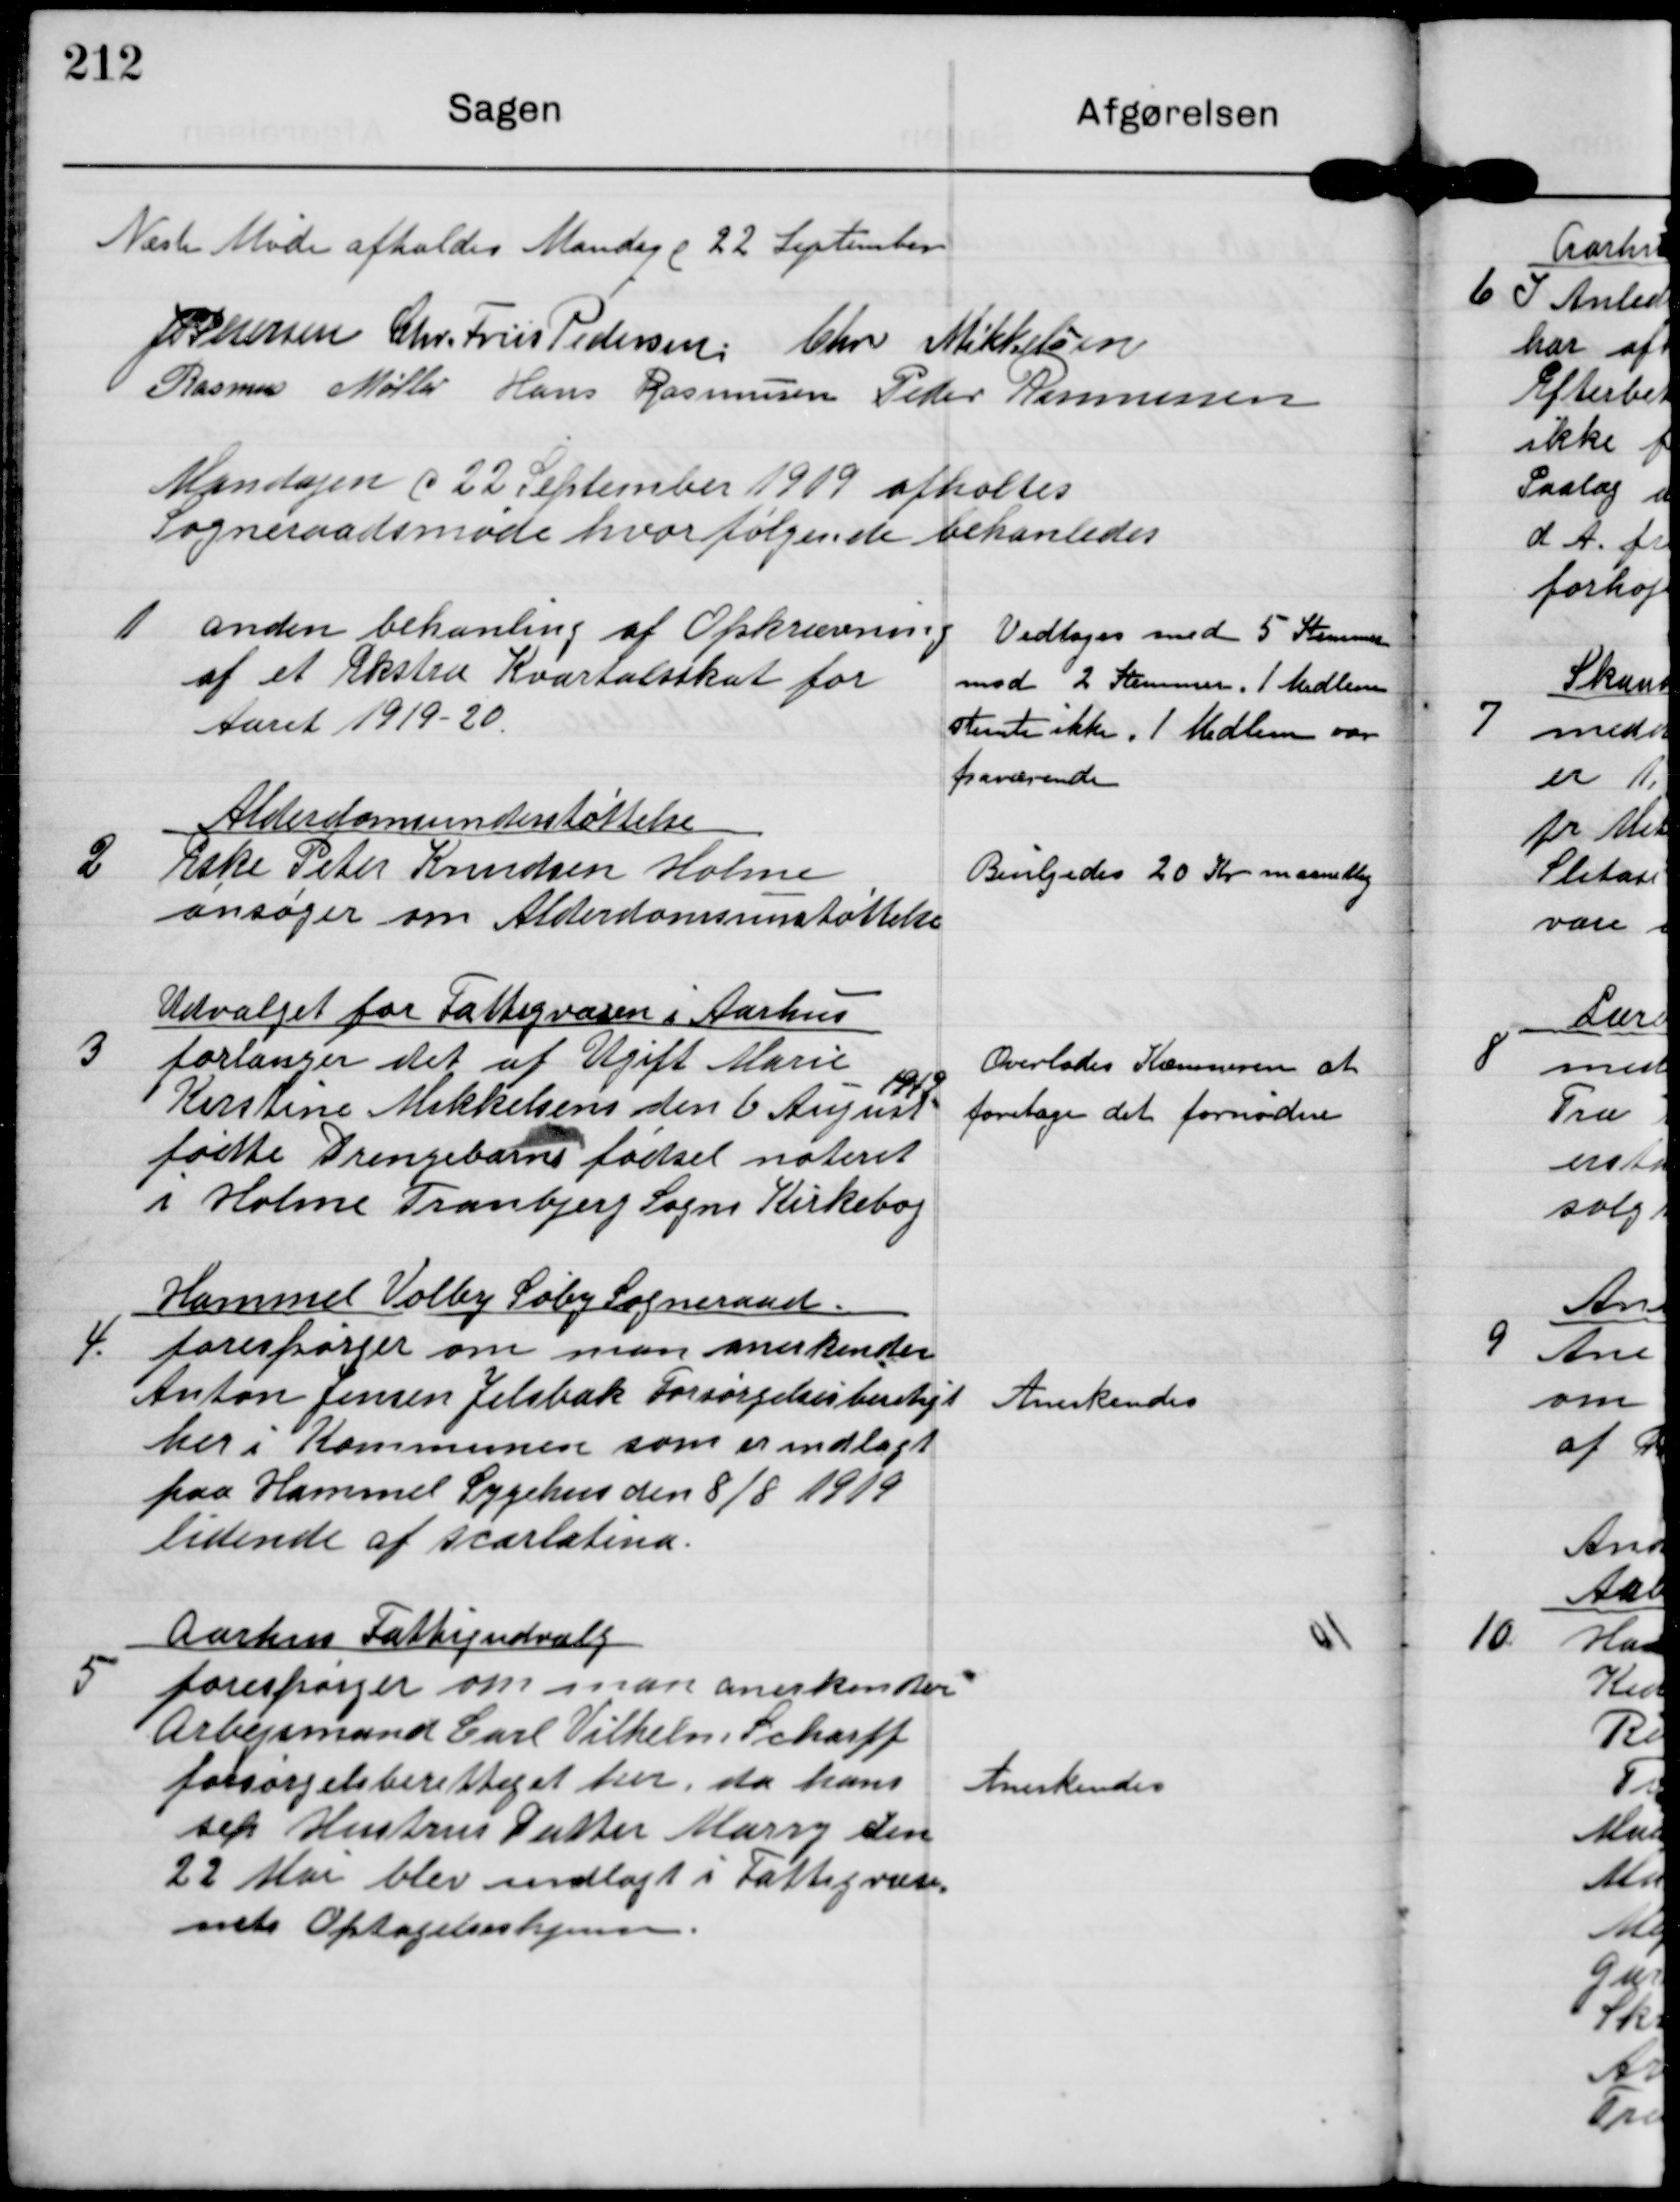
Transskription:
Næste Møde afholdes Mandag d 22 September

J P Pedersen

Chr. Friis Pedersen

Chr Mikkelsen

Rasmus Møller

Hans Rasmussen

Peder Rasmussen

Mandagen d 222 September 1919 afholtes
Sogneraadsmøde hvor følgende behandledes

1

anden behanling af Opkrævning
af et Ekstra Kvartalsskat for
Aaret 1919-20

Vedtoges med 5 Stemmer
mod 2 Stemmer. 1 Medlem
stemte ikke. 1 Medlem var
fraværende

2

Alderdomsunderstøttelse
Eske Peter Knudsen Holme
ansøger om Alderdomsunderstøttelse

Bevilgedes 20 Kr maanedlig

3

Udvalget for Fattigvæsen i Aarhus
forlanger det af Ugift Marie
1919
Kirstine Mikkelsens den 6 August
fødte Drengebarns fødsel noteret
i Holme Tranbjerg Sogns Kirkebog

Overlodes Kæmneren at
foretage det fornødne

4

Hammel Volby Søby Sogneraad
forespørger om man anerkender
Anton Jensen Jelsbak Forsørgelsesberetiget
her i Kommunen som er indlagt
paa Hammel Sygehus den 8/8 1919
lidende af Scarlatina.

Anerkendes

5

Aarhus Fattigudvalg
forespørger om man anerkender
Arbejdsmand Carl Vilhelm Scharff
forsørgelsesberettiget her, da hans
sep Hustrus Datter Marry den
22 Mai blev indlagt i Fattigvæse-
nets Optagelseshjem

Anerkendes